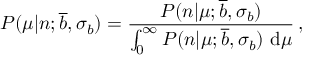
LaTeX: P ( \mu | n ; \overline { { { b } } } , \sigma _ { b } ) = \frac { P ( n | \mu ; \overline { { { b } } } , \sigma _ { b } ) } { \int _ { 0 } ^ { \infty } P ( n | \mu ; \overline { { { b } } } , \sigma _ { b } ) \ \mathrm { d } \mu } \, ,